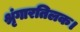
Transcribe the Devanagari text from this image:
श्रृंगारतिलक।